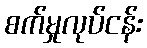
စက်မှုလုပ်ငန်း